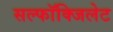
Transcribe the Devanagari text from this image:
सल्फॉक्जिलेट